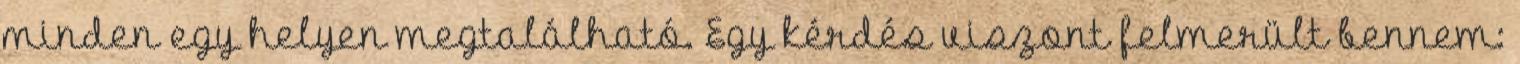
minden egy helyen megtalálható. Egy kérdés viszont felmerült bennem: